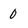
Character: 0